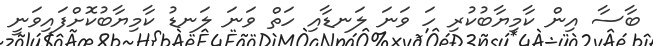
ބާސާ އިން ކާމިޔާބުކުރި ހަ ވަނަ ލަނޑާއި ހަތް ވަނަ ލަނޑު ކާމިޔާބުކޮށްފައިވަނީ